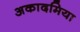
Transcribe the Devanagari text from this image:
अकादमिया